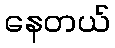
နေတယ်